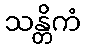
သန္တိကံ